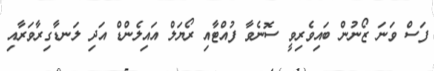
ފަސް ވަނަ ޒޯނުން ބައިވެރިވީ ސޮނެވާ ފުއްޓާއި ރޯޔަލް އައިލެންޑް އަދި ލަނޑާގިރާވަރާއި